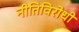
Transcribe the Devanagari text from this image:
नीतिविरोधी